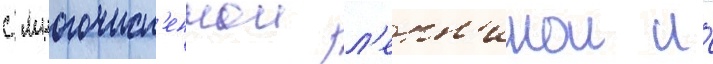
с многочисл'еннои л'епн'инои и́